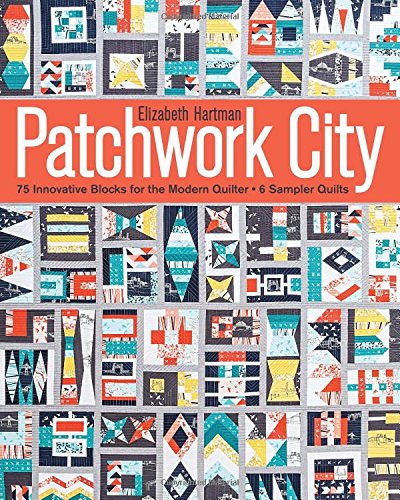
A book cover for Patchwork City: 75 Innovative Blocks for the Modern Quilter  6 Sampler Quilts; Elizabeth Hartman; Crafts, Hobbies & Home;